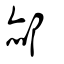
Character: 郝